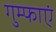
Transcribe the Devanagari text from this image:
गुम्फाएं